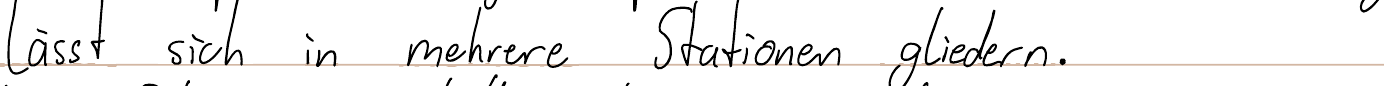
lässt sich in mehrere Stationen gliedern.